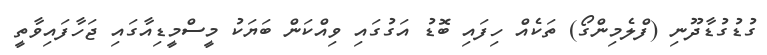
ގުޑުގުޑާދޫނި (ފްލެމިންގޯ) ތަކެއް ހިފައި ބޮޑު އަގުގައި ވިއްކަން ބަޔަކު މީސްމީޑިއާގައި ޖަހާފައިވާތީ